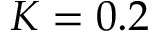
K = 0 . 2